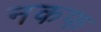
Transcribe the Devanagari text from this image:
नकफ